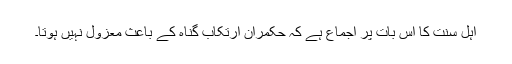
اہل سنت کا اس بات پر اجماع ہے کہ حکمران ارتکاب گناہ کے باعث معزول نہیں ہوتا۔